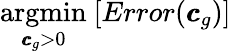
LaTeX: \underset{{\pmb{c}}_{g}>0}{\mathrm{argmin}}\ [Error({\pmb{c}}_{g})]